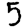
Digit: 5